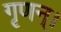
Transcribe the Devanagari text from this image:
गृणन्।